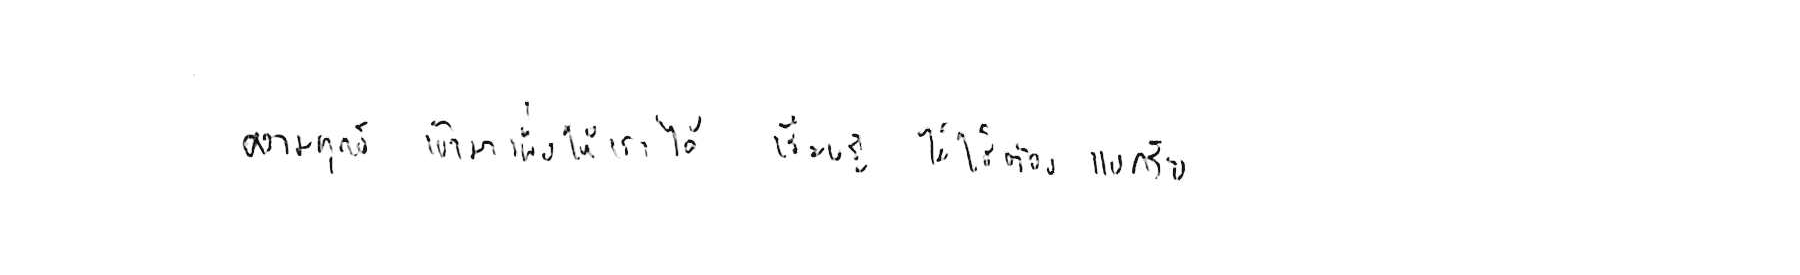
ความทุกข์ เข้ามาเพื่อให้เราได้ เรียนรู้ ไม่ใช่ต้อง แบกรับ